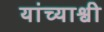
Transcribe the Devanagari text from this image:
यांच्याश्वी